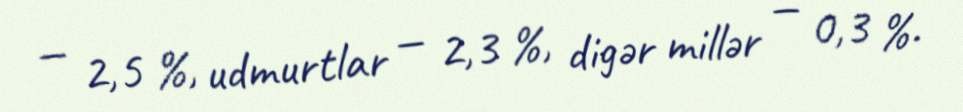
— 2,5 %, udmurtlar — 2,3 %, digər millər — 0,3 %.